Leaving Certificate Examination (including Day School Certificate (Higher) General paper), 1930
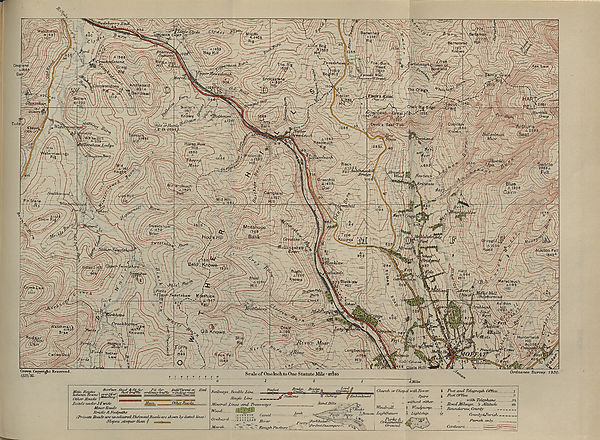
HIGHER GEOG.
(MAP.)
LEAVING CERTIFICATE EXAMINATION, 1930.
SOXENOE.
UXOEEE GhE^wEE—(GhEOGhE^EIXY).
M AP .
FILL THIS I3ST FIRST.
Name of School
Name of Pupil
TO BE PINNED INSIDE THE CANDIDATE’S BOOK OF ANSWERS
AND THUS SENT TO THE DEPARTMENT.
[OVER.